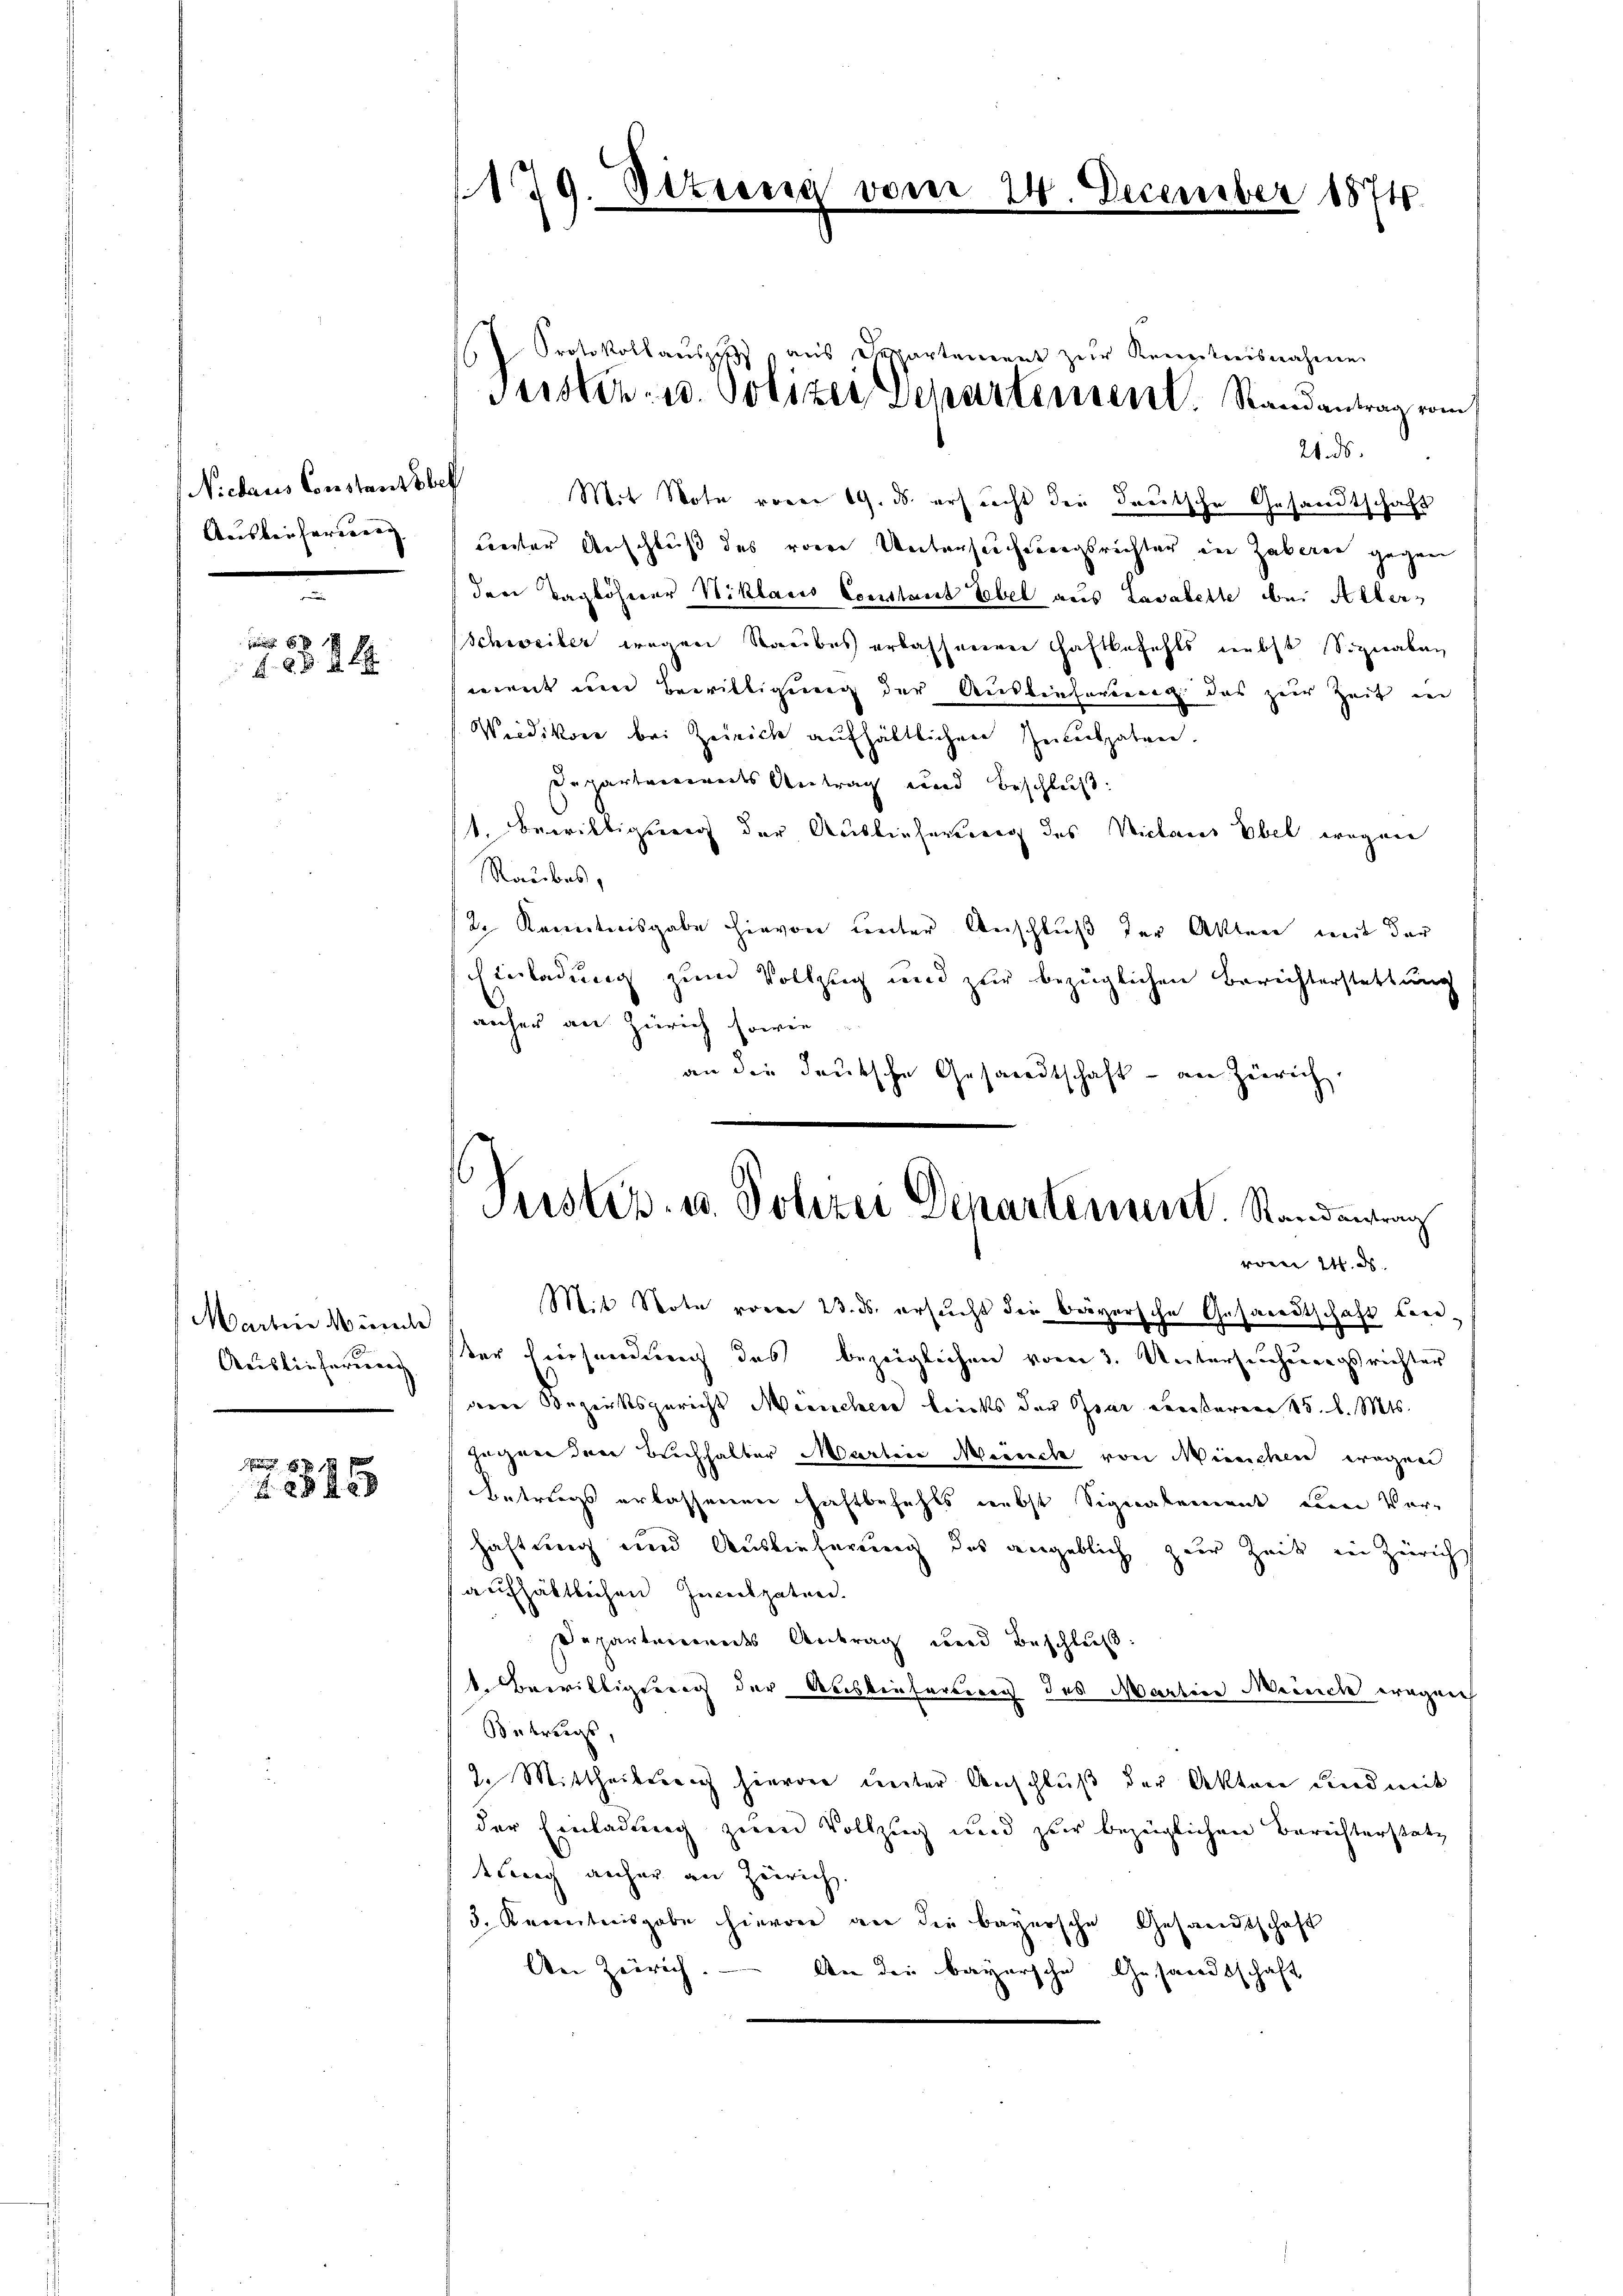
Niehaus Constant bef
Ausbei ferirung

123 24

Martin Münche
Auslieferung

xx
488

179. Sitzun

21. ds.
uester Anschluß des vorre Untersuchungsrichter in Zaberne gegen
der Taglöhner Niklaus Constant Ebel aus Lasabette bei Aller-
Schweiler wegen Staubes erlassenen Haftbefehls nebst Signalan
wernt und Bewilligung der Auslieferung das zur Zeit in
Wiedikon bei Zeirich aufhältlichen Inculpaten.
Departemendes Antrag und Beschluß:
1. Bewilligung der Auslieferung des Viclaus Übel wegen
Raubes,
2. Kenntnisgabe hievon unter Anschluß der Akten mit der
Einladung zum Vollzug und zur bezüglichen Berichterstattung
anher an Zürich sowie
an die deutsche Gesandtschaft - an Zürich,

December 1874.

Protokollaŭses aŭs Gespartement zur Kenntnisnahme
Justiz- u. Polizei Departement. Randantrag vom
Mit Note voren 19. ds. ersrecht die deutsche Gesandtschaft

Justiz- u. Polizei Departenant Standerung
vom 14. ds.

Mit Note voren 23. ds. ersucht die beiversche Gesandtschaft bere
er hiersendung des bezeiglichen vom 3. Untersuchungsrichter
deren Bezirksgericht Menschein leichs der Par euresaren 15. d. Mts.
gegnen der Beichhalter Marteie Meience von Menschen wegen
betriegs erlassenen Haftbefehls nebst Signalement einen Verhaftung und Auslieferung des angeblich zur Zeit in Zürich
aufhältlichen Inceckpatend.
Departeierendes Antrag und Beschluß.
1. Bewilligung der Auslieferung des Martin Meinch ergeich
Betrags,
2. Mittheilsreich hievor unter Anschluß der Akten Kind mit
der Einladung zum Vollzug und zur bezüglichen Berichterstate
tung anher an Zürich.
3. Kenntnisgabe hievon an die bayersche Gesandtschaft
An Zürich. — An die bayersche Gesandtschaft